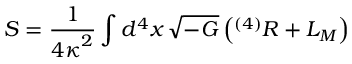
{ \cal S } = \frac { 1 } { { 4 \kappa } ^ { 2 } } \int d ^ { 4 } x \, \sqrt { - G } \left( { } ^ { ( 4 ) } R + { \cal L } _ { \cal M } \right)